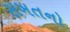
સખતનો